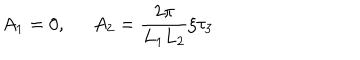
LaTeX: A _ { 1 } = 0 , \; \; A _ { 2 } = \frac { 2 \pi } { L _ { 1 } L _ { 2 } } \xi \tau _ { 3 }